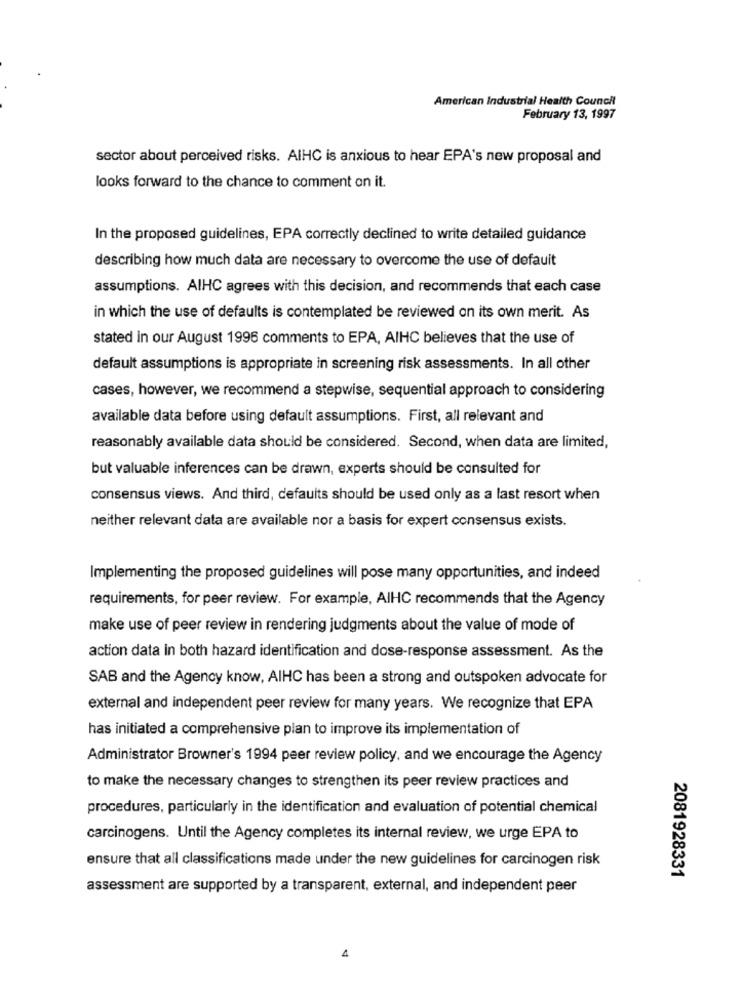
American Industrial Health Council
February 13, 1997
sector about perceived risks. AIHC is anxious to hear EPA's new proposal and
looks forward to the chance to comment on it.
In the proposed guidelines, EPA correctly declined to write detailed guidance
describing how much data are necessary to overcome the use of default
assumptions. AIHC agrees with this decision, and recommends that each case
in which the use of defaults is contemplated be reviewed on its own merit. As
stated in our August 1996 comments to EPA, AIHC believes that the use of
default assumptions is appropriate in screening risk assessments. In all other
cases, however, we recommend a stepwise, sequential approach to considering
available data before using default assumptions. First, all relevant and
reasonably available data should be considered. Second, when data are limited,
but valuable inferences can be drawn, experts should be consulted for
consensus views. And third, defaults should be used only as a last resort when
neither relevant data are available nor a basis for expert consensus exists.
Implementing the proposed guidelines will pose many opportunities, and indeed
requirements, for peer review. For example, AIHC recommends that the Agency
make use of peer review in rendering judgments about the value of mode of
action data in both hazard identification and dose-response assessment. As the
SAB and the Agency know, AIHC has been a strong and outspoken advocate for
external and independent peer review for many years. We recognize that EPA
has initiated a comprehensive plan to improve its implementation of
Administrator Browner's 1994 peer review policy, and we encourage the Agency
to make the necessary changes to strengthen its peer review practices and
procedures, particularly in the identification and evaluation of potential chemical
carcinogens. Until the Agency completes its internal review, we urge EPA to
ensure that all classifications made under the new guidelines for carcinogen risk
2081928331
assessment are supported by a transparent, external, and independent peer